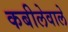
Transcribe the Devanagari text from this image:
कबीलेवाले